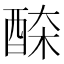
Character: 𨠹